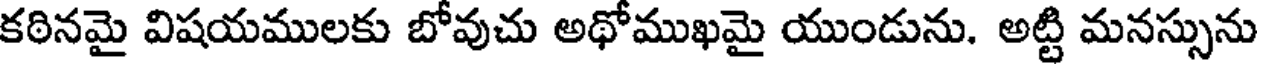
కఠినమై విషయములకు బోవుచు అథోముఖమై యుండును. అట్టి మనస్సును